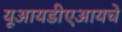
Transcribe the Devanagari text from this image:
यूआयडीएआयचे